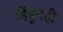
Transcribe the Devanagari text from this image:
हिंडूनही